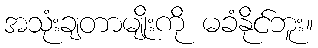
အသုံးချတာမျိုးကို မခံနိုင်ဘူး။